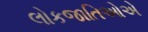
લોકજાતિઓએ